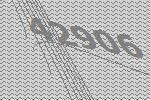
42906